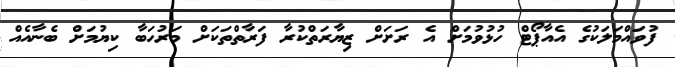
ފުވައްމަލަކުގެ އެއާޕޯޓް ހުޅުވުމަށް އެ ރަށަށް ޒިޔާރަތްކުރާ ފަރާތްތަކަށް މަރުހަބާ ކިޔުމަށް ބެނާއެއް